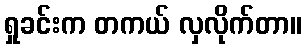
ရှုခင်းက တကယ် လှလိုက်တာ။